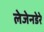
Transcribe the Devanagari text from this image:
लेजेनडेरे